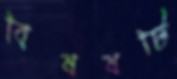
বিষষটি